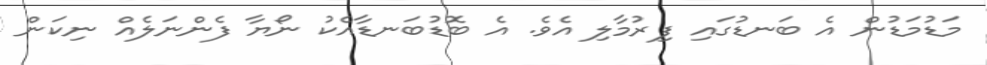
މަޑުމަޑުން އެ ބަނޑުގައި ފިރުމާލި އެވެ. އެ ބޮޑުބަނޑާއެކު ނޯޔާ ފެންނަލެއް ނިކަން